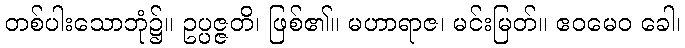
တစ်ပါးသောဘုံ၌။ ဥပ္ပဇ္ဇတိ၊ ဖြစ်၏။ မဟာရာဇ၊ မင်းမြတ်။ ဧဝမေဝ ခေါ၊